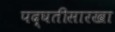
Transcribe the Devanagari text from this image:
पद्घतीसारखा